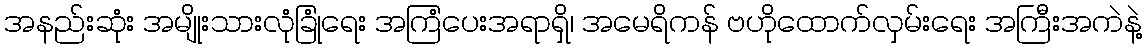
အနည်းဆုံး အမျိုးသားလုံခြုံရေး အကြံပေးအရာရှိ၊ အမေရိကန် ဗဟိုထောက်လှမ်းရေး အကြီးအကဲနဲ့